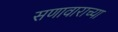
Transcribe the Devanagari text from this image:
सणावाराच्या